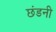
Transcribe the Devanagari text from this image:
छंडनी